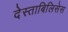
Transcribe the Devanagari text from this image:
देस्ताबिलिसेस